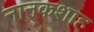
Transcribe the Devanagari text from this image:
नानकशाह